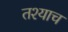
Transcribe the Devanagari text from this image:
तश्याच